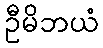
ဦမိဘယံ